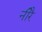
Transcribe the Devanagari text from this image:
नीरै